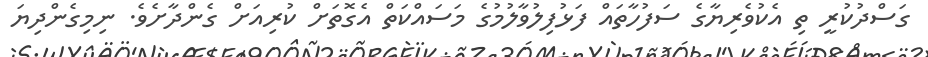
ގަސްދުކުރީ ތި އެކުވެރިޔާގެ ސަފުހާތައް ފަޅުފިލުވާލުމުގެ މަސައްކަތް އެގޮތަށް ކުރިއަށް ގެންދާށެވެ. ނިމިގެންދިޔަ